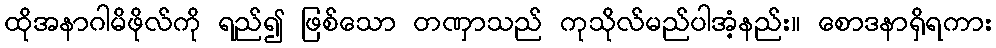
ထိုအနာဂါမိဖိုလ်ကို ရည်၍ ဖြစ်သော တဏှာသည် ကုသိုလ်မည်ပါအံ့နည်း။ စောဒနာရှိရကား